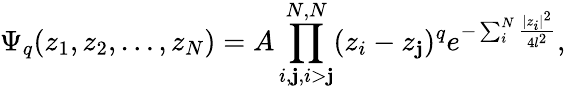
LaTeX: \Psi_{q}(z_{1},z_{2},\dots,z_{N})=A\prod_{i,\mathbf{j},i>\mathbf{j}}^{N,N}(z_{i}-z_{\mathbf{j}})^{q}e^{-\sum_{i}^{N}\frac{{|z_{i}|^{2}}}{{4l^{2}}}},